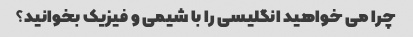
چرا می خواهید انگلیسی را با شیمی و فیزیک بخوانید؟